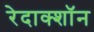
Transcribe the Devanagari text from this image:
रेदाक्शॉन